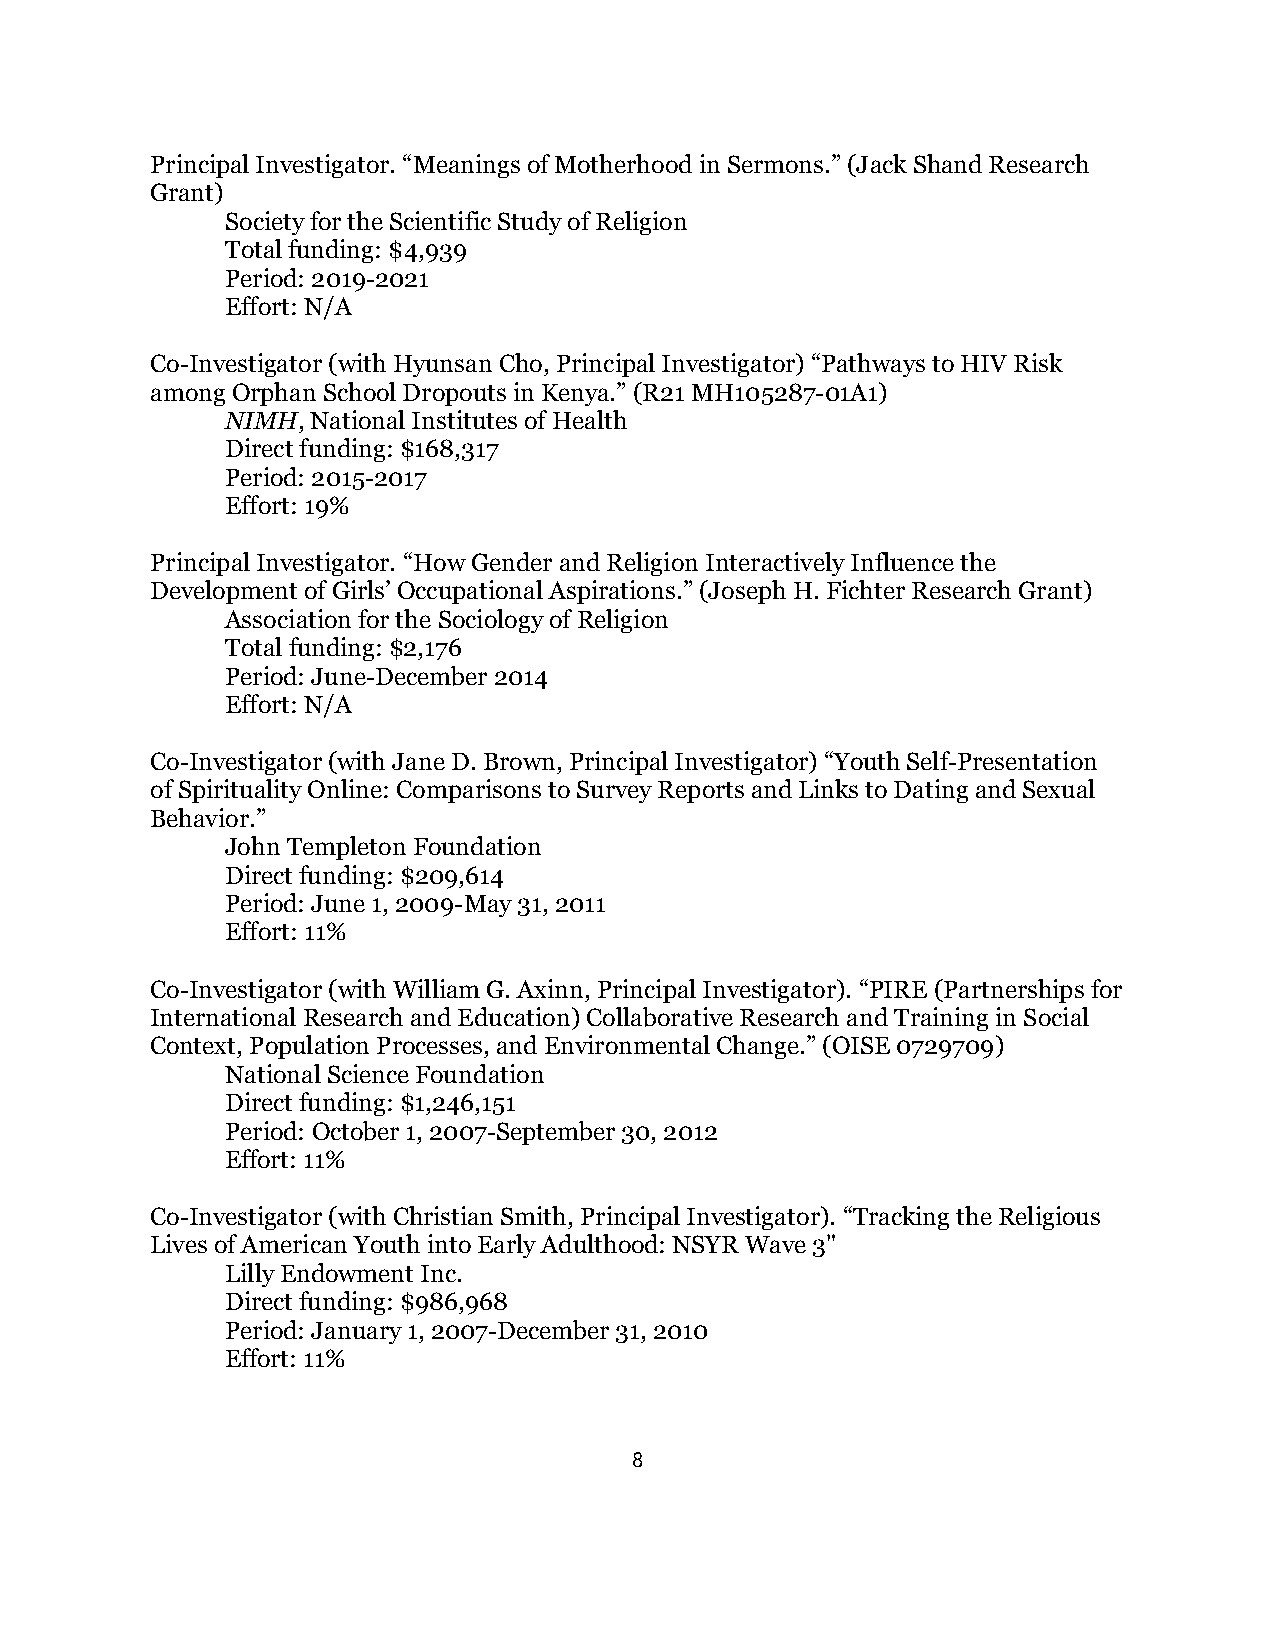
Principal Investigator. “Meanings of Motherhood in Sermons.” (Jack Shand Research
 Grant)
 Society for the Scientific Study of Religion
 Total funding: $4,939
 Period: 2019-2021
 Effort: N/A
 Co-Investigator (with Hyunsan Cho, Principal Investigator) “Pathways to HIV Risk
 among Orphan School Dropouts in Kenya.” (R21 MH105287-01A1)
 NIMH, National Institutes of Health
 Direct funding: $168,317
 Period: 2015-2017
 Effort: 19%
 Principal Investigator. “How Gender and Religion Interactively Influence the
 Development of Girls’ Occupational Aspirations.” (Joseph H. Fichter Research Grant)
 Association for the Sociology of Religion
 Total funding: $2,176
 Period: June-December 2014
 Effort: N/A
 Co-Investigator (with Jane D. Brown, Principal Investigator) “Youth Self-Presentation
 of Spirituality Online: Comparisons to Survey Reports and Links to Dating and Sexual
 Behavior.”
 John Templeton Foundation
 Direct funding: $209,614
 Period: June 1, 2009-May 31, 2011
 Effort: 11%
 Co-Investigator (with William G. Axinn, Principal Investigator). “PIRE (Partnerships for
 International Research and Education) Collaborative Research and Training in Social
 Context, Population Processes, and Environmental Change.” (OISE 0729709)
 National Science Foundation
 Direct funding: $1,246,151
 Period: October 1, 2007-September 30, 2012
 Effort: 11%
 Co-Investigator (with Christian Smith, Principal Investigator). “Tracking the Religious
 Lives of American Youth into Early Adulthood: NSYR Wave 3"
 Lilly Endowment Inc.
 Direct funding: $986,968
 Period: January 1, 2007-December 31, 2010
 Effort: 11%
 8